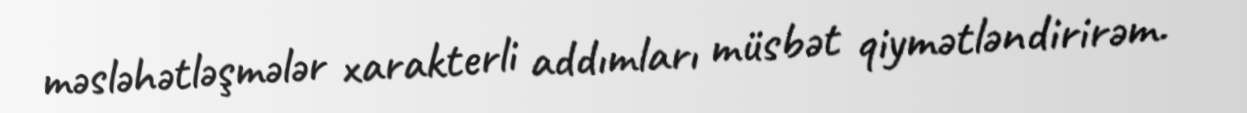
məsləhətləşmələr xarakterli addımları müsbət qiymətləndirirəm.